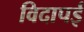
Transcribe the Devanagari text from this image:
विदापई